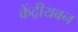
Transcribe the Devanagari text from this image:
केंद्रीयवन